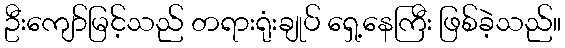
ဦးကျော်မြင့်သည် တရားရုံးချုပ် ရှေ့နေကြီး ဖြစ်ခဲ့သည်။